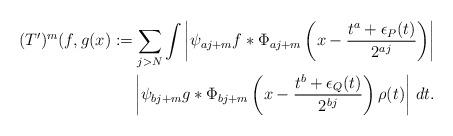
LaTeX: \begin{align*}(T')^m(f,g(x):=\sum_{j>N}\int\left|\psi_{aj+m}f*\Phi_{aj+m}\left(x-\frac{t^a+\epsilon_P(t)}{2^{aj}}\right)\right| \\\left|\psi_{bj+m}g*\Phi_{bj+m}\left(x-\frac{t^b+\epsilon_Q(t)}{2^{bj}}\right)\rho(t)\right| \,dt.\end{align*}